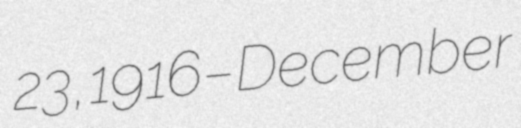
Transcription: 23, 1916 – December